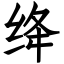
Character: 绛